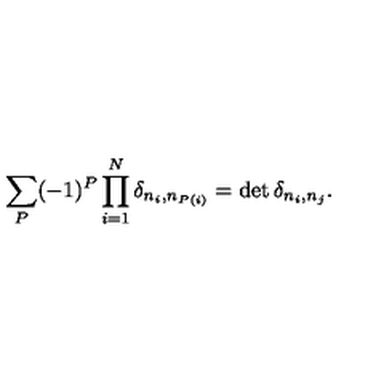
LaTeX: \sum _ { P } ( - 1 ) ^ { P } \prod _ { i = 1 } ^ { N } \delta _ { n _ { i } , n _ { P ( i ) } } = \det \delta _ { n _ { i } , n _ { j } } .